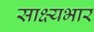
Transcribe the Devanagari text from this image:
साक्ष्यभार